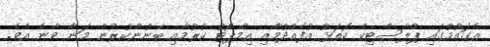
އެގައުމުގައި ޕްލާސްޓިކް ކޮތަޅު އުފެއްދުމާއި އިމްޕޯޓު ކުރުމާއި ބޭނުންކުރުން މަނާ ވާނެ އެވެ.